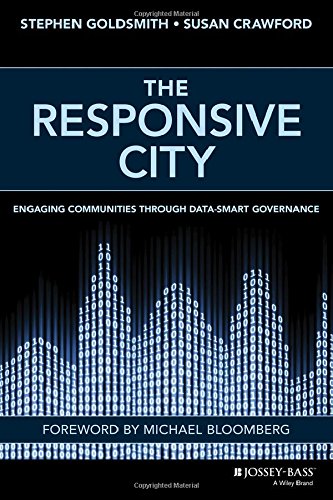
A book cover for The Responsive City: Engaging Communities Through Data-Smart Governance; Stephen Goldsmith; Business & Money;